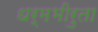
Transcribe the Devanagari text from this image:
धर्मभीरुता